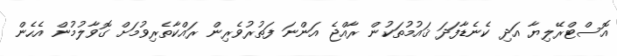
އޮސްޓްރޭލިޔާ އަދި ކެނެޑާފަދަ ޤައުމުތަކުން ރާއްޖެ އަންނަ ފަތުރުވެރިން ރައްކާތެރިވުމަށް ގޮވާލުމުން އެހެން